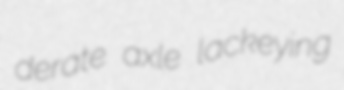
derate axle lackeying